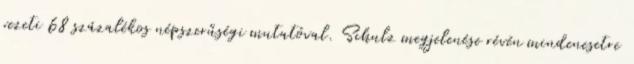
vezeti 68 százalékos népszerűségi mutatóval. Schulz megjelenése révén mindenesetre